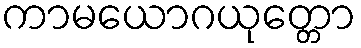
ကာမယောဂယုတ္တော